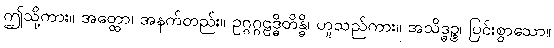
ဤသို့ကား။ အတ္ထော၊ အနက်တည်း။ ဥဂ္ဂဂ္ဂဠဒ္ဓိတိန္ဓိ၊ ဟူသည်ကား။ အသိဒ္ဓဉ္စ၊ ပြင်းစွာသော။